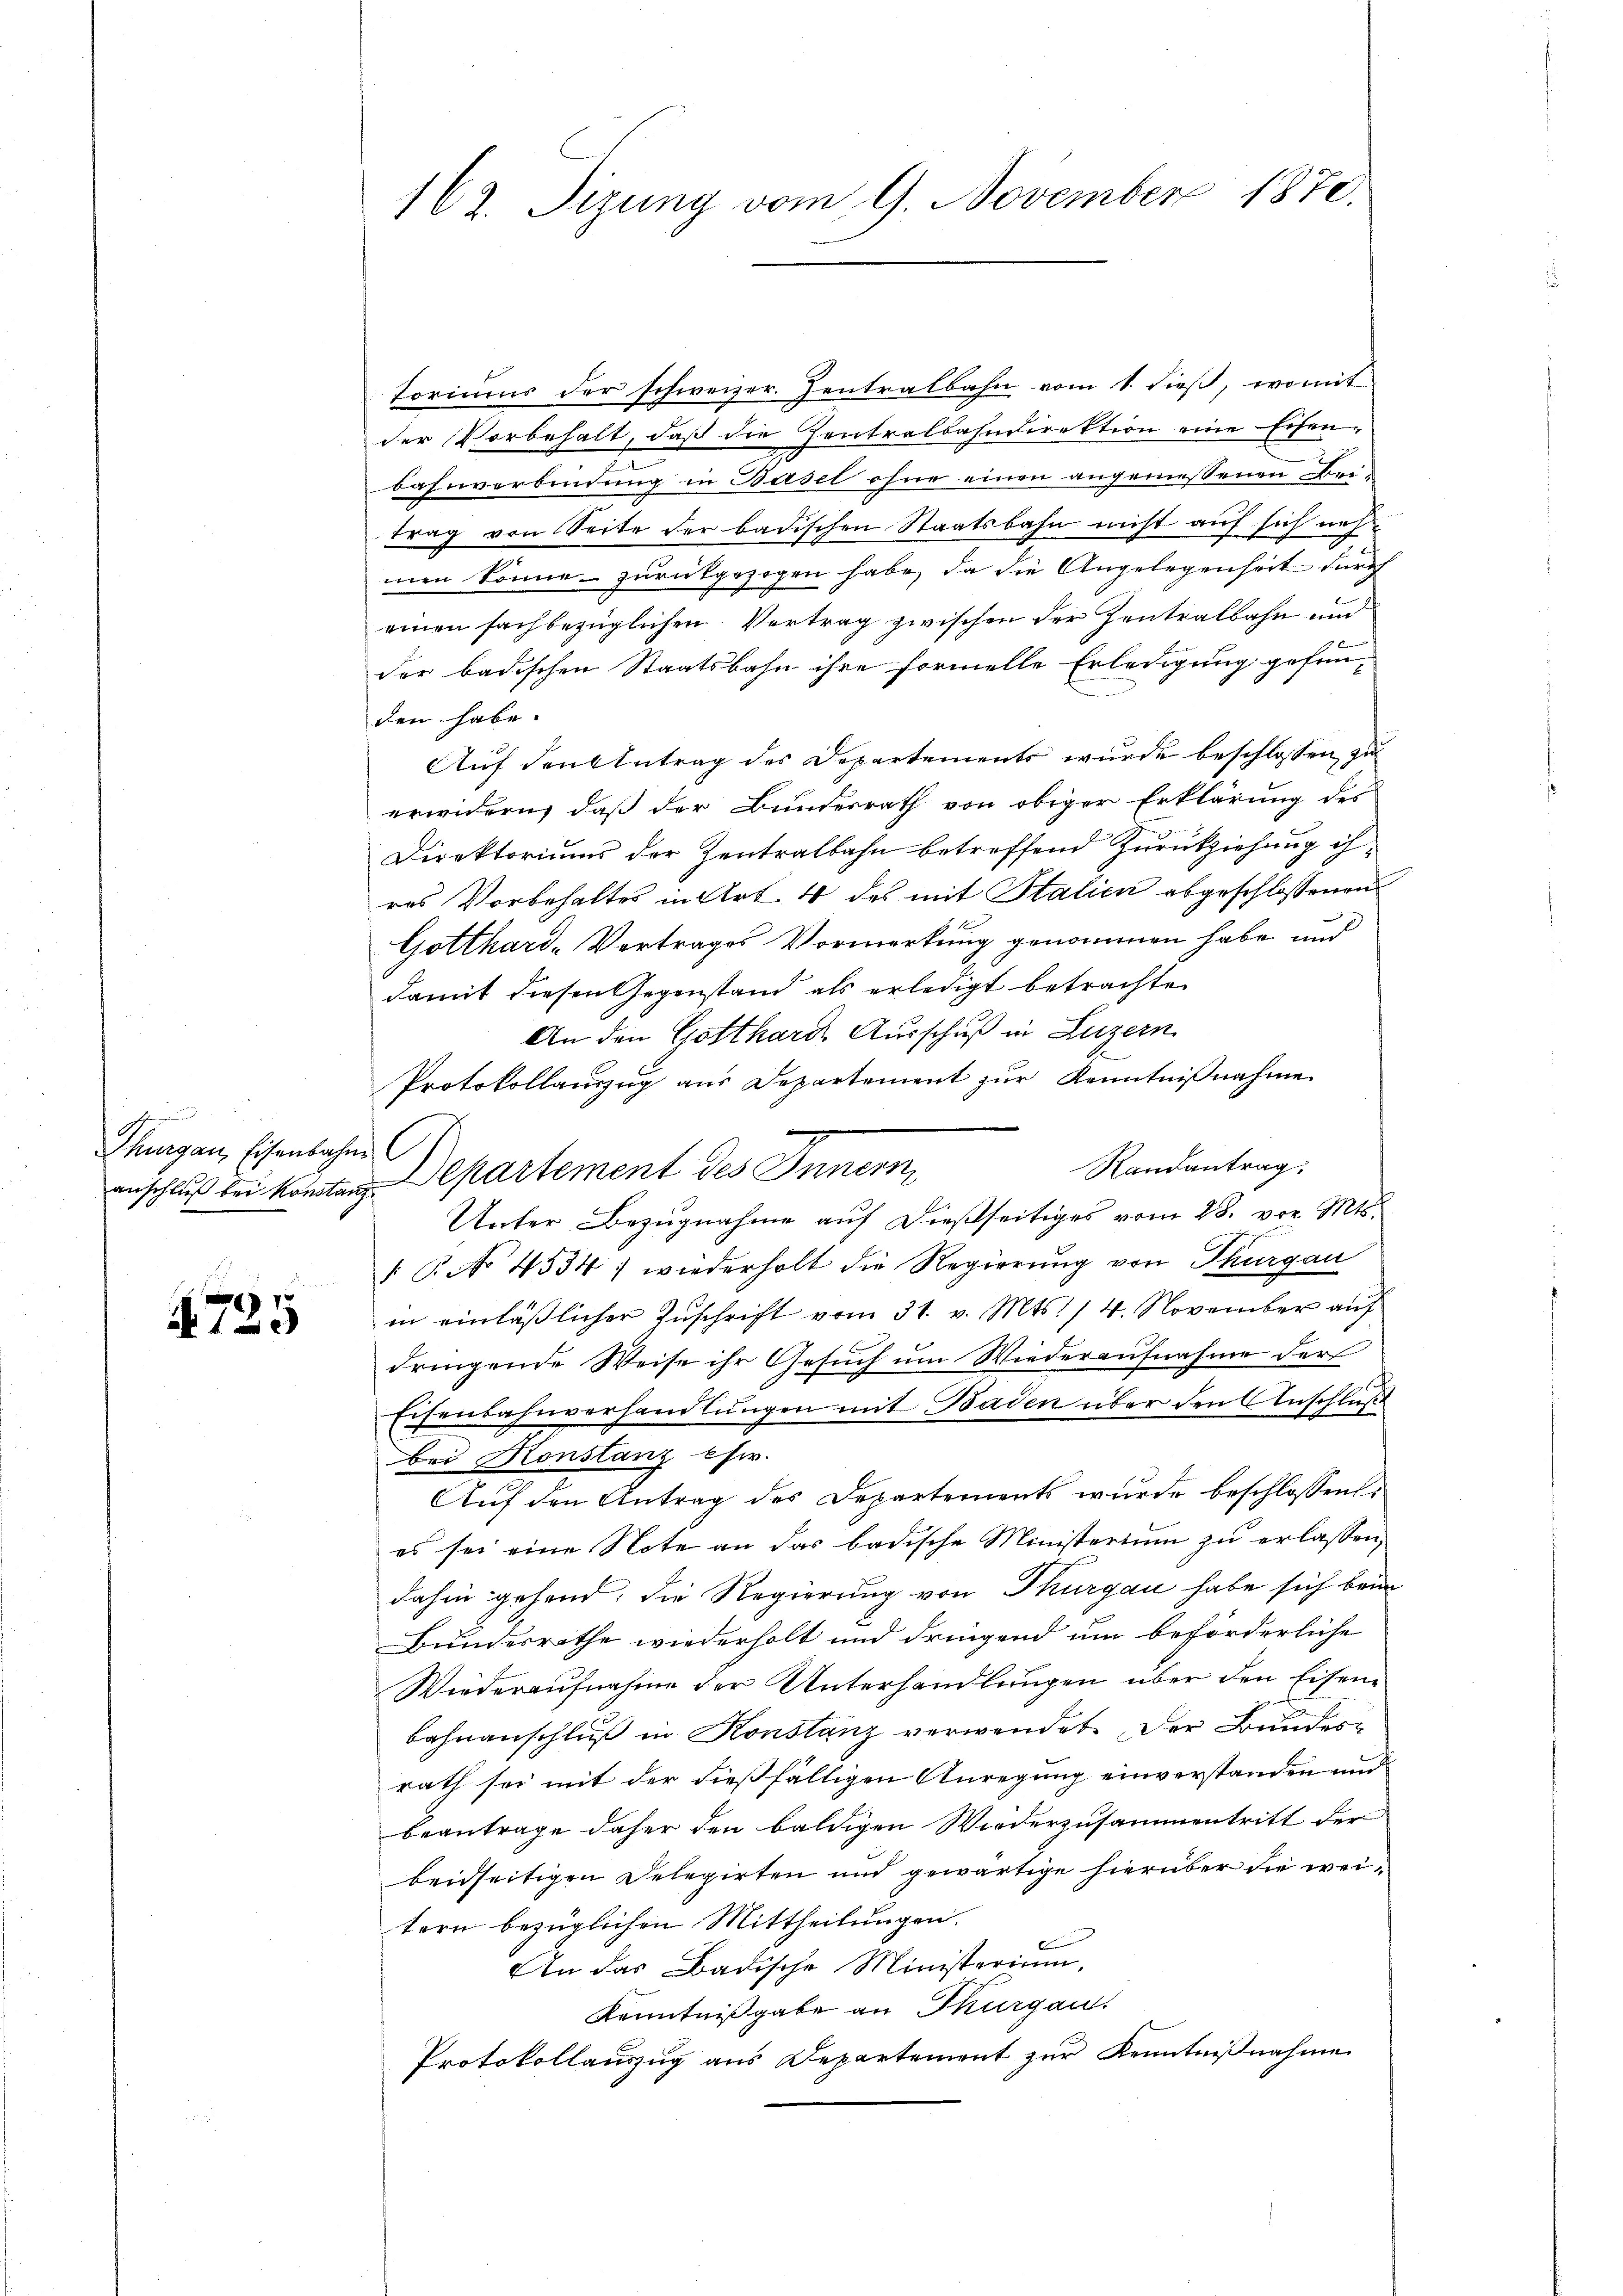
Thurgau, Eisenbahne

n
4725

162. Sizung vom 9. November 1870.

toriums der schweizer. Zentralbahn vom 1. dieβ, womit
der Vorbehalt, daß die Zentralbahndirektion eine Eisenbahnverbindung in Basel ohne einen angemessenen Bei-
trag von Seite der badischen Staatsbahn nicht auf sich uns
c
men könne zurückgezogen habe, da die Angelegenheit durch
einen sachbezüglichen Vertrag zwischen der Zentralbahn und
der badischen Staatsbahn ihre formelle Erledigung gefunden habe.
Auf den Antrag der Departements wurde beschlossen, zu
erwidern, daß der Bundesrath von obiger Erklärung des
Direktoriums der Zentralbahn betreffend Zurückziehung ihres Vorbehaltes in Art. 4 des mit Stalien abgeschlossenen
Gotthard-Vertrages Vormerkung genommen habe und
damit diesen Gegenstand als erledigt betrachte.
An den Gotthard Ausschuß in Luzern
Protokollauszug aus Departement zur Kenntnißnahme
Randantrag:
anschluß bei konnten Departement des Innern,
Unter Bezugnahme auf dießseitiges vom 28. vor. Mts.
 P. No 4534) wiederholt die Regierung von Thurgau
in einläßlicher Zuschrift vom 31. v. Mts. 14. November auf
dringende Weise ihr Gesuch um Wiederaufnahme der
Eisenbahnverhandlungen mit Baden über den Anschluß
bei Konstanz Chir.
Aŭf den Antrag des Departements wurde beschlossen:
es sei eine Note an das badische Ministerium zu erlassen,
dahin gehend; die Regierung von Thurgau habe sich beim
Bundesrathe wiederholt und dringend um beförderliche
Wiederaufnahme der Unterhandlungen über den Eisen¬
Bahnanschluß in Konstanz verwendet. Der Bundesrath sei mit der dießfälligen Anregung einverstanden und
beantrage daher den baldigen Wiederzusammentritt der
beidseitigen Delegirten und gewärtige hierüber die weitern bezüglichen Mittheilungen.
6
An das Badische Ministerium,
Kenntnißgabe an Thurgau.
Protokollauszug aus Departement zur Kenntniβnahme